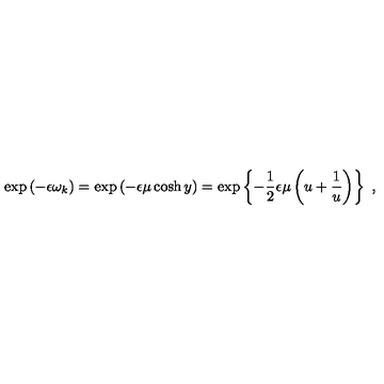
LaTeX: \exp \left( - \epsilon \omega _ { k } \right) = \exp \left( - \epsilon \mu \cosh y \right) = \exp \left\{ - \frac { 1 } { 2 } \epsilon \mu \left( u + \frac { 1 } { u } \right) \right\} \ ,